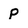
Character: p